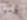
ندعها